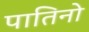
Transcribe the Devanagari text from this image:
पातिनो